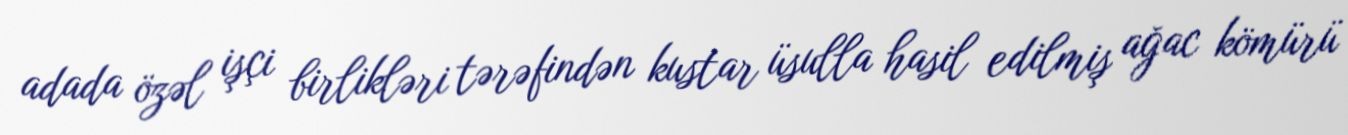
adada özəl işçi birlikləri tərəfindən kustar üsulla hasil edilmiş ağac kömürü